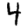
Digit: 4